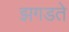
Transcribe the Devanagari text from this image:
झगडते